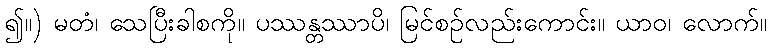
၍။) မတံ၊ သေပြီးခါစကို။ ပဿန္တဿာပိ၊ မြင်စဉ်လည်းကောင်း။ ယာဝ၊ လောက်။